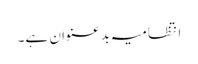
انتظامیہ بدعنوان ہے۔